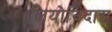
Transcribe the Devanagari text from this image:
लियोनिदास